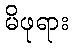
မိဖုရား